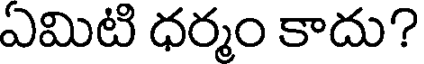
ఏమిటి ధర్మం కాదు?